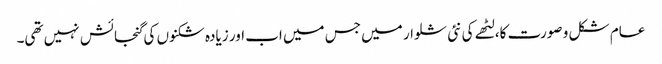
عام شکل و صورت کا، لٹھے کی نئی شلوار میں جس میں اب اور زیادہ شکنوں کی گنجائش نہیں تھی۔